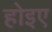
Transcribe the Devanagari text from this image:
होइए